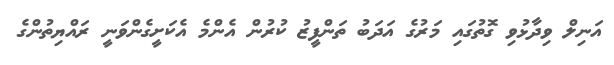
އަނިލް ވިދާޅުވި ގޮތުގައި މަރުގެ އަދަބު ތަންފީޒު ކުރުން އެންމެ އެކަށީގެންވަނީ ރައްޔިތުންގެ